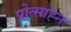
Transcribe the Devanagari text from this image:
प्रोत्साह्न